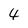
Character: 4